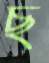
ছ